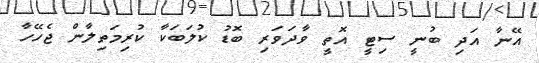
އޭނާ އަދި ބުނީ ސިޓީ އޮތީ ވާދަވަރި ބޮޑު ކުލަަބަކާ ކުރިމަތިލާން ޖެހޭހާ